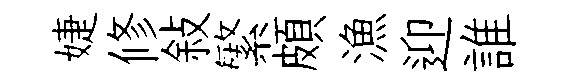
婕修敍繁頗漁迎誰